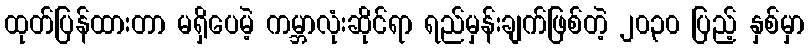
ထုတ်ပြန်ထားတာ မရှိပေမဲ့ ကမ္ဘာလုံးဆိုင်ရာ ရည်မှန်းချက်ဖြစ်တဲ့ ၂၀၃၀ ပြည့် နှစ်မှာ